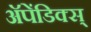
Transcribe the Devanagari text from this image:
अॅपेंडिक्स्